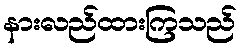
နားလည်ထားကြသည်